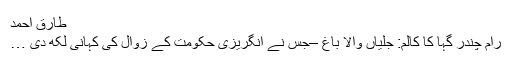
طارق احمد
رام چندر گہا کا کالم: جلیاں والا باغ –جس نے انگریزی حکومت کے زوال کی کہانی لکھ دی …